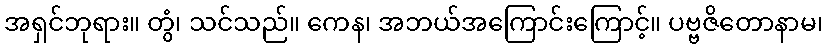
အရှင်ဘုရား။ တွံ၊ သင်သည်။ ကေန၊ အဘယ်အကြောင်းကြောင့်။ ပဗ္ဗဇိတောနာမ၊